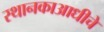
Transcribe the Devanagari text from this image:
स्थानकाआधीचे